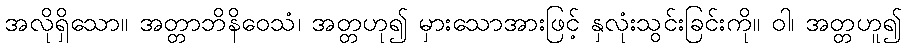
အလိုရှိသော။ အတ္တာဘိနိဝေသံ၊ အတ္တဟု၍ မှားသောအားဖြင့် နှလုံးသွင်းခြင်းကို။ ဝါ၊ အတ္တဟူ၍